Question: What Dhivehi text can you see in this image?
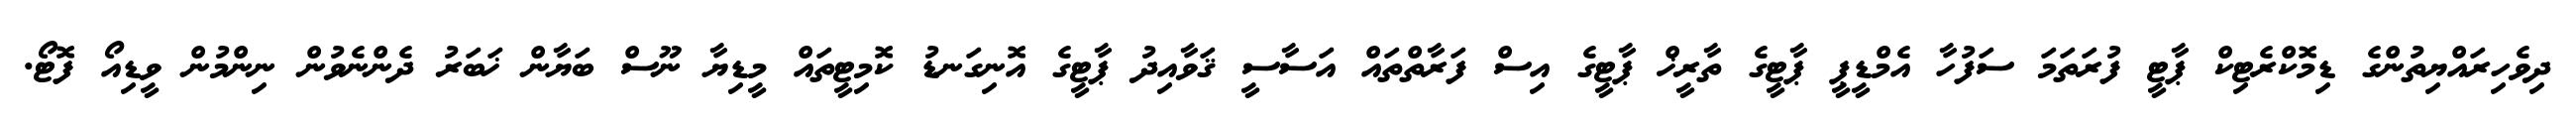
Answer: ދިވެހިރައްޔިތުންގެ ޑިމޮކްރެޓިކް ޕާޓީ ފުރަތަމަ ސަފުހާ އެމްޑީޕީ ޕާޓީގެ ތާރީޚް ޕާޓީގެ އިސް ފަރާތްތައް އަސާސީ ޤަވާއިދު ޕާޓީގެ އޮނިގަނޑު ކޮމިޓީތައް މީޑިޔާ ނޫސް ބަޔާން ޚަބަރު ދެންނެވުން ނިންމުން ވީޑިއޯ ފޮޓޯ.